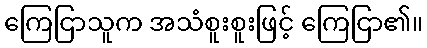
ကြေငြာသူက အသံစူးစူးဖြင့် ကြေငြာ၏။